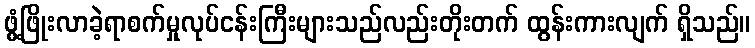
ဖွံ့ဖြိုးလာခဲ့ရာစက်မှုလုပ်ငန်းကြီးများသည်လည်းတိုးတက် ထွန်းကားလျက် ရှိသည်။